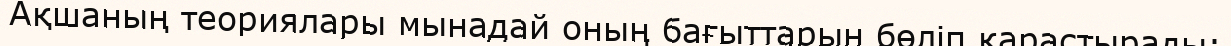
Ақшаның теориялары мынадай оның бағыттарын бөліп қарастырады: